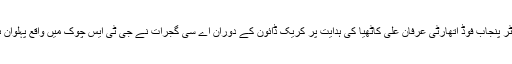
ڈی سی او لیاقت علی چٹھہ اور ڈائریکٹر پنجاب فوڈ اتھارٹی عرفان علی کاٹھیا کی ہدایت پر کریک ڈائون کے دوران اے سی گجرات نے جی ٹی ایس چوک میں واقع پہلوان ہوٹل اور شاہی بریانی کی چیکنگ کی۔